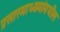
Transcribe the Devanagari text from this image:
प्रसारमाध्‍यमांमधील